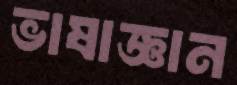
ভাষাজ্ঞান